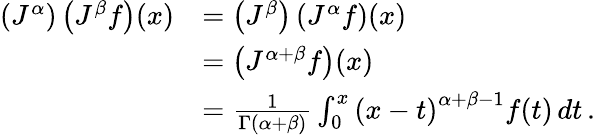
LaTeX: {\begin{array}{rl}{\left(J^{\alpha}\right)\left(J^{\beta}f\right)(x)}&{=\left(J^{\beta}\right)\left(J^{\alpha}f\right)(x)}\\ &{=\left(J^{\alpha+\beta}f\right)(x)}\\ &{={\frac{1}{\Gamma(\alpha+\beta)}}\int_{0}^{x}\left(x-t\right)^{\alpha+\beta-1}f(t)\, dt\, .}\end{array}}